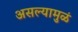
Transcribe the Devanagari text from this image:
असल्यामुळं